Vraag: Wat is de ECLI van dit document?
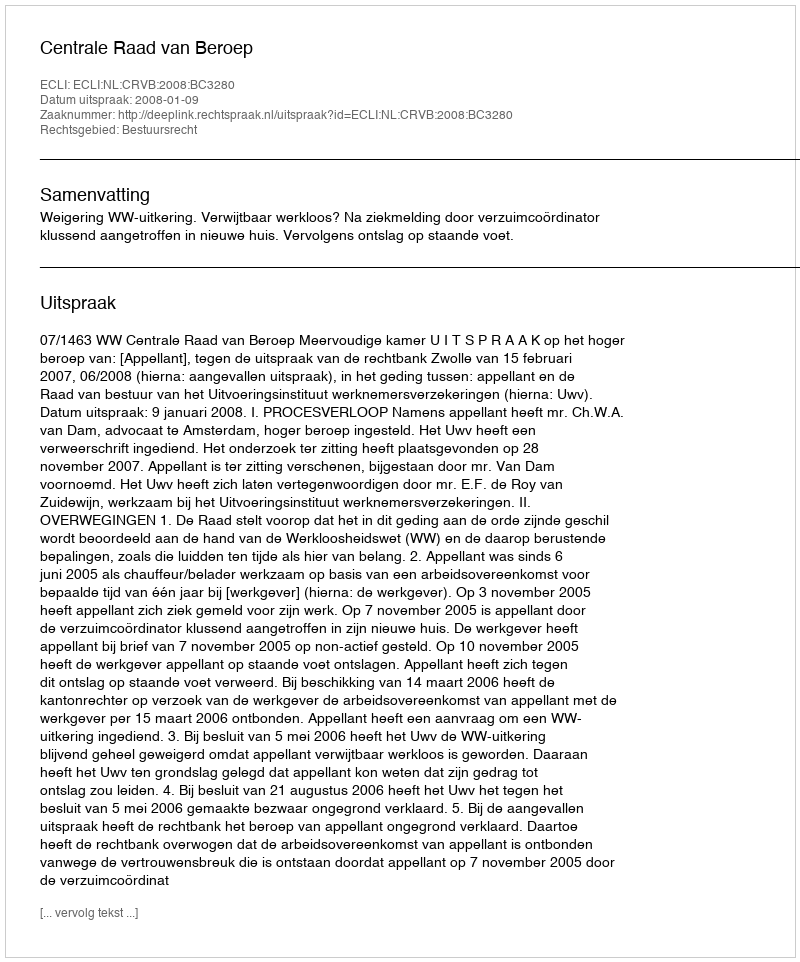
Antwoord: ECLI:NL:CRVB:2008:BC3280